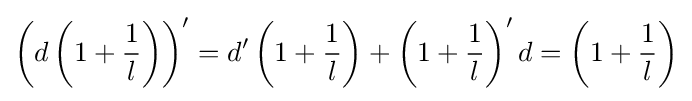
\left(d\left(1+{\frac {1}{l}}\right)\right)'=d'\left(1+{\frac {1}{l}}\right)+\left(1+{\frac {1}{l}}\right)'d=\left(1+{\frac {1}{l}}\right)